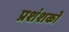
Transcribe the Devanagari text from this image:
प्रशंशकों